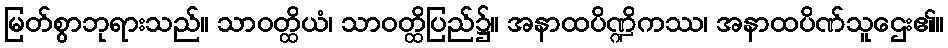
မြတ်စွာဘုရားသည်။ သာဝတ္ထိယံ၊ သာဝတ္ထိပြည်၌။ အနာထပိဏ္ဍိကဿ၊ အနာထပိဏ်သူဌေး၏။